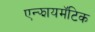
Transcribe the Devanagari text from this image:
एन्झायमॅटिक